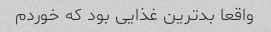
واقعا بدترین غذایی بود که خوردم